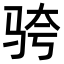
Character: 𬳹